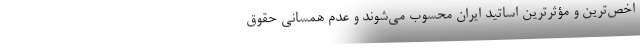
اخص‌ترین و مؤثرترین اساتید ایران محسوب می‌شوند و عدم همسانی حقوق